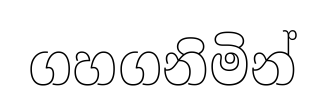
ගහගනිමින්